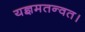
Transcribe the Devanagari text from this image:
यज्ञमतन्वत।